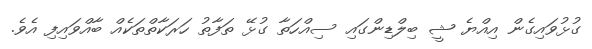
ގުޅުވައިގެން އިއްޔެ ޝީ ބިލްޑިންގައި ސިއްހަތާ ގުޅޭ ތަފާތު ހަރަކާތްތަކެއް ބާއްވައިފި އެވެ.